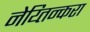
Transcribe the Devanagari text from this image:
नेय्तिन्करा